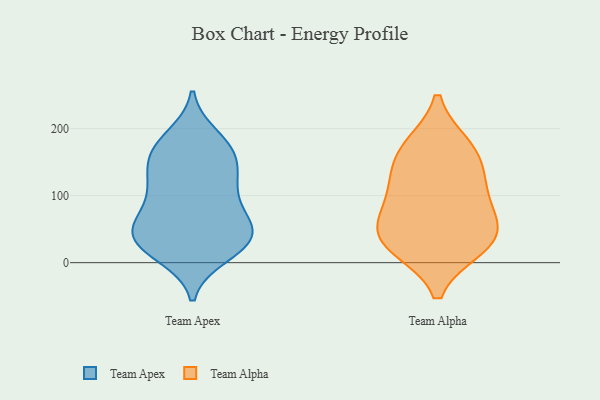
{"axis": {"x": "Revenue (USD Million)", "y": "Value"}, "legend": ["Team Alpha", "Team Apex"], "data": [{"x": "", "y": 57, "type": "Team Apex"}, {"x": "", "y": 46, "type": "Team Apex"}, {"x": "", "y": 34, "type": "Team Apex"}, {"x": "", "y": 169, "type": "Team Apex"}, {"x": "", "y": 31, "type": "Team Apex"}, {"x": "", "y": 170, "type": "Team Apex"}, {"x": "", "y": 170, "type": "Team Apex"}, {"x": "", "y": 158, "type": "Team Apex"}, {"x": "", "y": 111, "type": "Team Apex"}, {"x": "", "y": 54, "type": "Team Apex"}, {"x": "", "y": 123, "type": "Team Apex"}, {"x": "", "y": 126, "type": "Team Apex"}, {"x": "", "y": 23, "type": "Team Apex"}, {"x": "", "y": 72, "type": "Team Apex"}, {"x": "", "y": 123, "type": "Team Apex"}, {"x": "", "y": 83, "type": "Team Apex"}, {"x": "", "y": 45, "type": "Team Apex"}, {"x": "", "y": 12, "type": "Team Apex"}, {"x": "", "y": 187, "type": "Team Apex"}, {"x": "", "y": 22, "type": "Team Apex"}, {"x": "", "y": 103, "type": "Team Alpha"}, {"x": "", "y": 24, "type": "Team Alpha"}, {"x": "", "y": 28, "type": "Team Alpha"}, {"x": "", "y": 173, "type": "Team Alpha"}, {"x": "", "y": 64, "type": "Team Alpha"}, {"x": "", "y": 51, "type": "Team Alpha"}, {"x": "", "y": 107, "type": "Team Alpha"}, {"x": "", "y": 169, "type": "Team Alpha"}, {"x": "", "y": 142, "type": "Team Alpha"}, {"x": "", "y": 34, "type": "Team Alpha"}]}